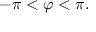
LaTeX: - \pi < \varphi < \pi .